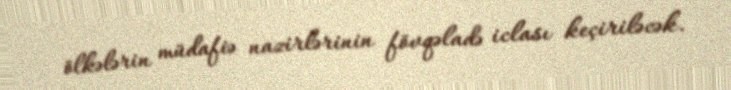
ölkələrin müdafiə nazirlərinin fövqəladə iclası keçiriləcək.